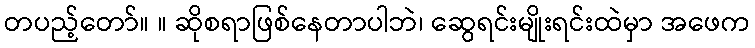
တပည့်တော်။ ။ ဆိုစရာဖြစ်နေတာပါဘဲ၊ ဆွေရင်းမျိုးရင်းထဲမှာ အဖေက